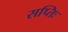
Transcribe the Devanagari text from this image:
सप्तिः